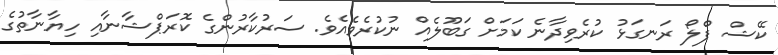
ކޭޝް ފްލޯ ރަނގަޅު ކުރެވިދާނެ ކަމަށް ގަބޫލެއް ނުކުރެވެއެވެ. ސަރުކާރުންގެ ކޮރަޕްޝާނާއި ހިޔާނާތުގެ